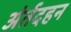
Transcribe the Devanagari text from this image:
अंर्तदहन